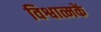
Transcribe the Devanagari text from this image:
विश्वात्मकें